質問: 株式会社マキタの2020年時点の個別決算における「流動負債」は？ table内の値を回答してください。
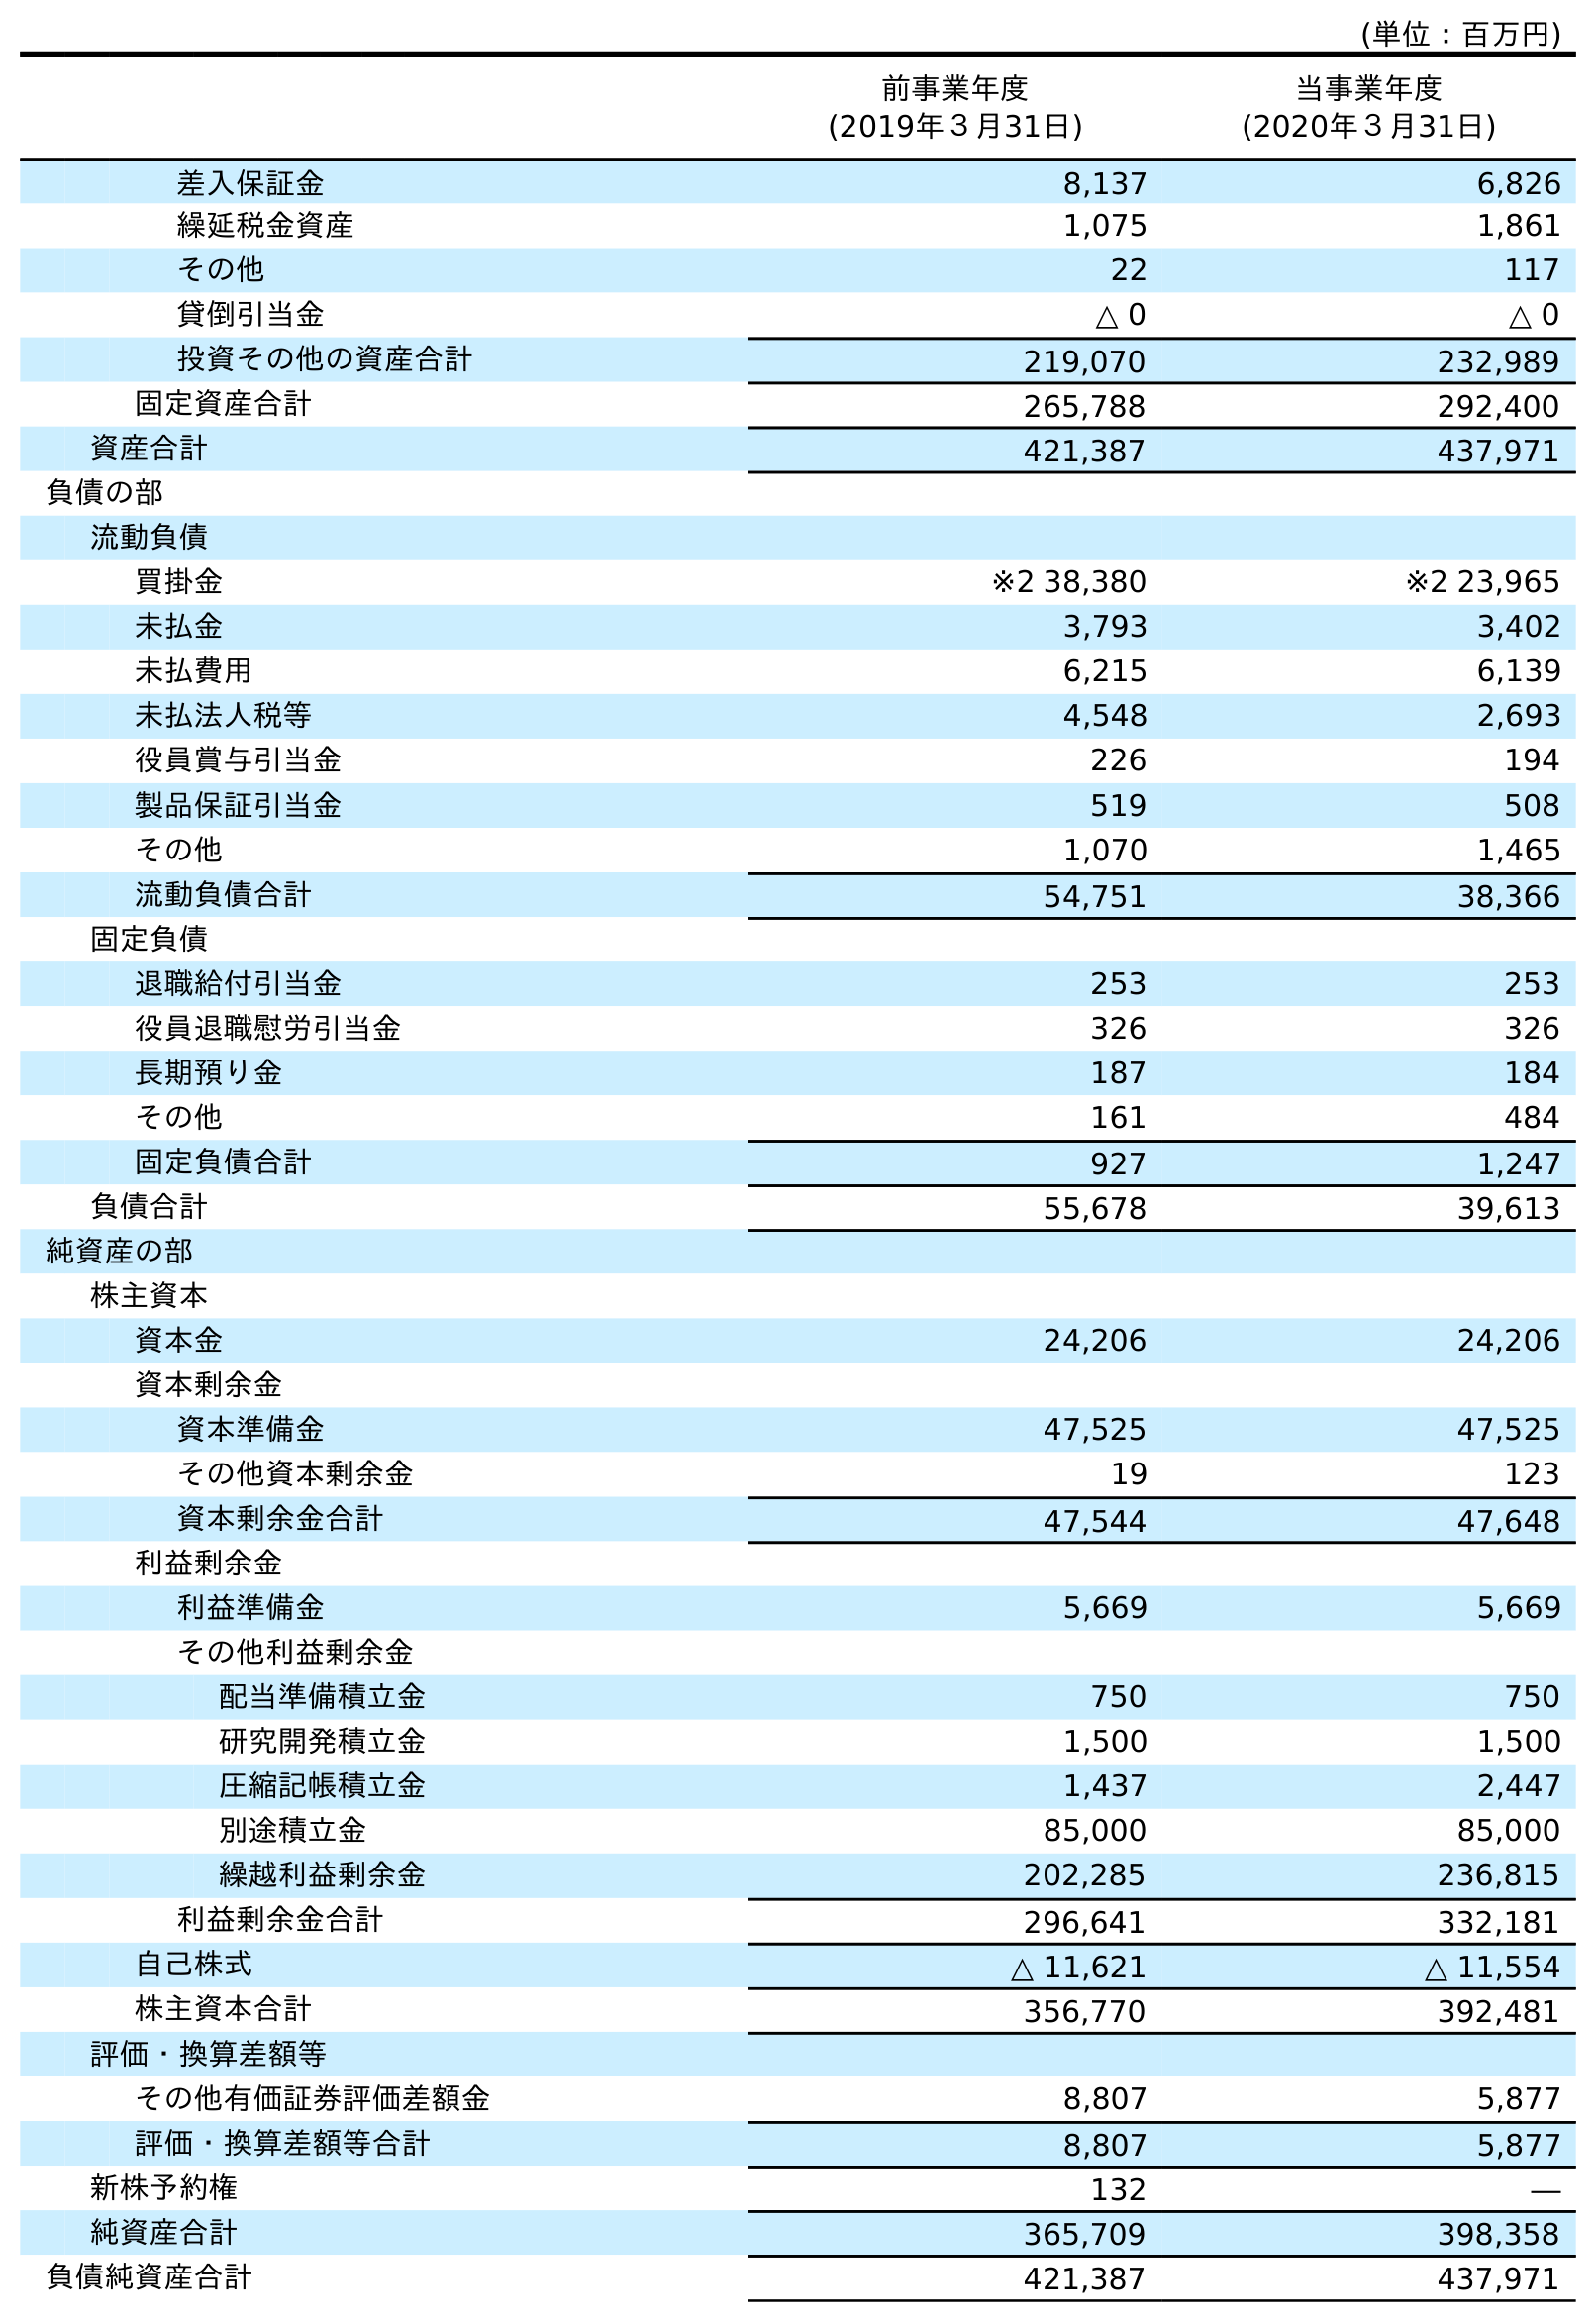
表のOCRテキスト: (単位：百万円) 前事業年度 (2019年３月31日) 当事業年度 (2020年３月31日) 差入保証金 8,137 6,826 繰延税金資産 1,075 1,861 その他 22 117 貸倒引当金 △ 0 △ 0 投資その他の資産合計 219,070 232,989 固定資産合計 265,788 292,400 資産合計 421,387 437,971 負債の部 流動負債 買掛金 ※2 38,380 ※2 23,965 未払金 3,793 3,402 未払費用 6,215 6,139 未払法人税等 4,548 2,693 役員賞与引当金 226 194 製品保証引当金 519 508 その他 1,070 1,465 流動負債合計 54,751 38,366 固定負債 退職給付引当金 253 253 役員退職慰労引当金 326 326 長期預り金 187 184 その他 161 484 固定負債合計 927 1,247 負債合計 55,678 39,613 純資産の部 株主資本 資本金 24,206 24,206 資本剰余金 資本準備金 47,525 47,525 その他資本剰余金 19 123 資本剰余金合計 47,544 47,648 利益剰余金 利益準備金 5,669 5,669 その他利益剰余金 配当準備積立金 750 750 研究開発積立金 1,500 1,500 圧縮記帳積立金 1,437 2,447 別途積立金 85,000 85,000 繰越利益剰余金 202,285 236,815 利益剰余金合計 296,641 332,181 自己株式 △ 11,621 △ 11,554 株主資本合計 356,770 392,481 評価・換算差額等 その他有価証券評価差額金 8,807 5,877 評価・換算差額等合計 8,807 5,877 新株予約権 132 ― 純資産合計 365,709 398,358 負債純資産合計 421,387 437,971
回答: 38,366